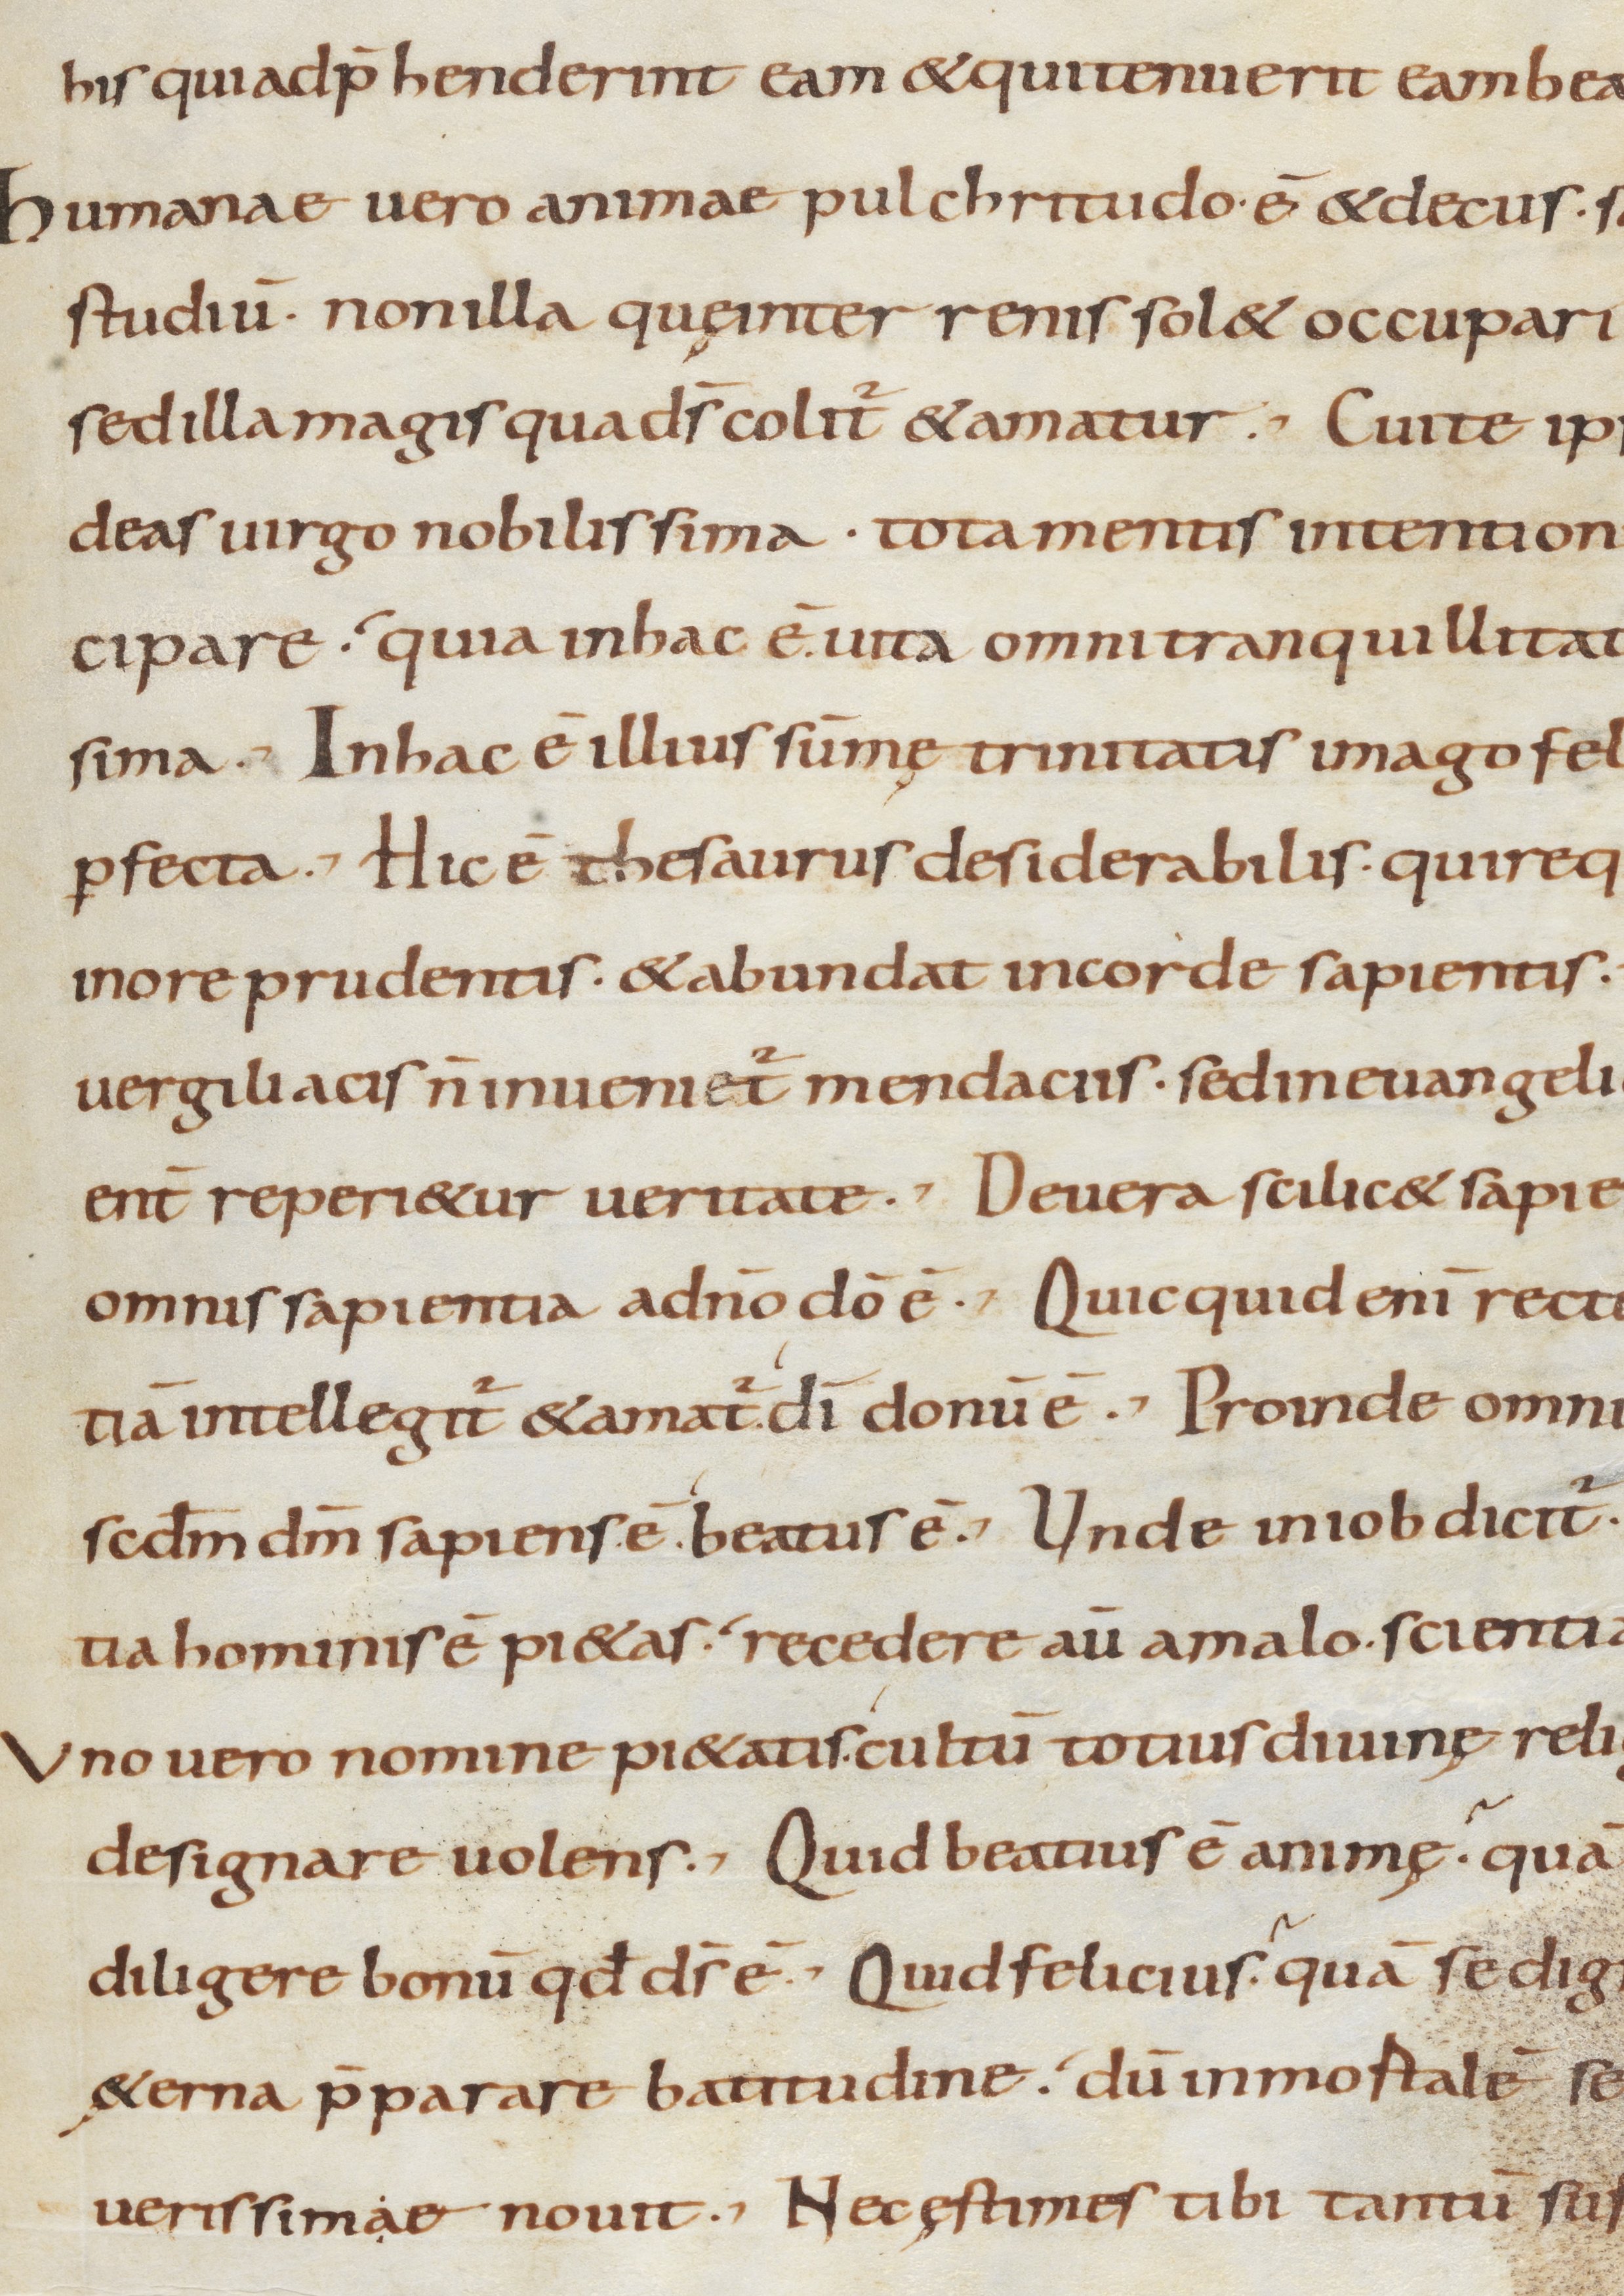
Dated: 800–899